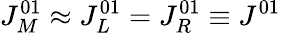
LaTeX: J_{M}^{01}\approx J_{L}^{01}=J_{R}^{01}\equiv J^{01}